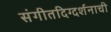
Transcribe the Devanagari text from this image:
संगीतदिग्दर्शनाची